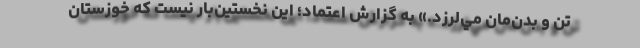
تن و بدن‌مان مي‌لرزد.» به گزارش اعتماد؛ اين نخستين‌بار نيست كه خوزستان